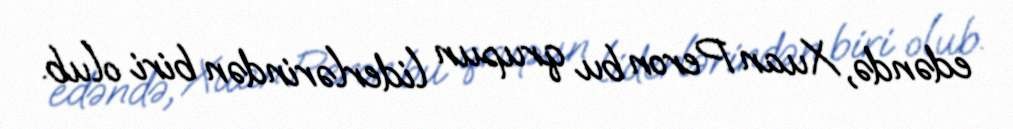
edəndə, Xuan Peron bu qrupun liderlərindən biri olub.